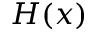
H ( x )